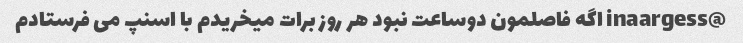
@inaargess اگه فاصلمون دوساعت نبود هر روز برات میخریدم با اسنپ می فرستادم